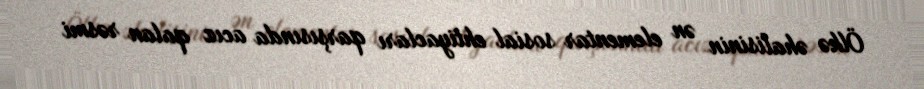
Ölkə əhalisinin ən elementar sosial ehtiyacları qarşısında acız qalan rəsmi